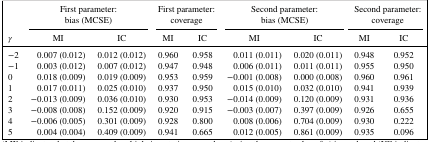
<table><thead><tr><td></td><td colspan="2"><b>First parameter:</b></td><td colspan="2"><b>First parameter:</b></td><td colspan="2"><b>Second parameter:</b></td><td colspan="2"><b>Second parameter:</b></td></tr><tr><td></td><td colspan="2"><b>bias (MCSE)</b></td><td colspan="2"><b>coverage</b></td><td colspan="2"><b>bias (MCSE)</b></td><td colspan="2"><b>coverage</b></td></tr><tr><td><b><i>γ</i></b></td><td><b>MI</b></td><td><b>IC</b></td><td><b>MI</b></td><td><b>IC</b></td><td><b>MI</b></td><td><b>IC</b></td><td><b>MI</b></td><td><b>IC</b></td></tr></thead><tbody><tr><td>−2</td><td>0.007 (0.012)</td><td>0.012 (0.012)</td><td>0.960</td><td>0.958</td><td>0.011 (0.011)</td><td>0.020 (0.011)</td><td>0.948</td><td>0.952</td></tr><tr><td>−1</td><td>0.003 (0.012)</td><td>0.007 (0.012)</td><td>0.947</td><td>0.948</td><td>0.006 (0.011)</td><td>0.011 (0.011)</td><td>0.955</td><td>0.950</td></tr><tr><td>0</td><td>0.018 (0.009)</td><td>0.019 (0.009)</td><td>0.953</td><td>0.959</td><td>−0.001 (0.008)</td><td>0.000 (0.008)</td><td>0.960</td><td>0.961</td></tr><tr><td>1</td><td>0.017 (0.011)</td><td>0.025 (0.010)</td><td>0.937</td><td>0.950</td><td>0.015 (0.010)</td><td>0.032 (0.010)</td><td>0.941</td><td>0.939</td></tr><tr><td>2</td><td>−0.013 (0.009)</td><td>0.036 (0.010)</td><td>0.930</td><td>0.953</td><td>−0.014 (0.009)</td><td>0.120 (0.009)</td><td>0.931</td><td>0.936</td></tr><tr><td>3</td><td>−0.008 (0.008)</td><td>0.152 (0.009)</td><td>0.920</td><td>0.915</td><td>−0.003 (0.007)</td><td>0.397 (0.009)</td><td>0.926</td><td>0.655</td></tr><tr><td>4</td><td>−0.006 (0.005)</td><td>0.301 (0.009)</td><td>0.928</td><td>0.800</td><td>0.008 (0.006)</td><td>0.704 (0.009)</td><td>0.930</td><td>0.222</td></tr><tr><td>5</td><td>0.004 (0.004)</td><td>0.409 (0.009)</td><td>0.941</td><td>0.665</td><td>0.012 (0.005)</td><td>0.861 (0.009)</td><td>0.935</td><td>0.096</td></tr></tbody></table>